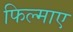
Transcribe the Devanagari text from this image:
फिल्‍माए